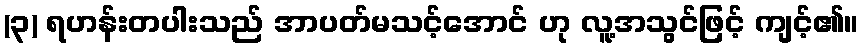
(၃) ရဟန်းတပါးသည် အာပတ်မသင့်အောင် ဟု လူ့အသွင်ဖြင့် ကျင့်၏။